Report on plague in the Punjab from October 1st ... to September 30th ..., being the ... season of plague in the province
Disease focus: Plague
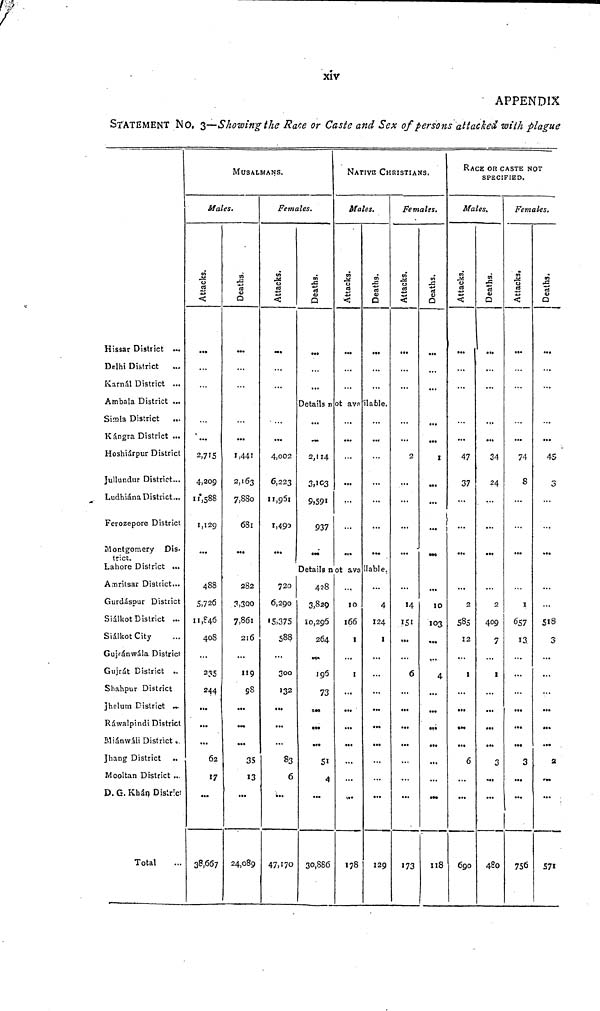
XIV
APPENDIX
STATEMENT NO. 3—Showing the Race or Caste and Sex of persons attached with plague
Hissar District ...
Delhi District ...
Karnal District ...
Ambala District ...
Simla District ...
Kángra District ...
Hoshiárpur District
Jullundur District.,..
Ludhiána District...
Ferozepore District
Montgomery Dis-
trict.
Lahore District ...
Amritsar District...
Gurdáspur District
Sialkot District ...
Siálkot City ...
Gujránwála District
Gujrát District ..
Shahpur District
Jhelum District ...
Ráwalpindi District
Miánwáli District .
Jhang District ...
Mooltan District ...
D. G. Khán District
Total
MUSALMANS.
Males.
Attacks.
...
...
...
...
...
2,715
4,209
11,588
1,129
...
488
5,726
11,846
408
...
235
244
...
...
...
62
17
•••
38,667
Deaths.
...
...
...
...
...
1,441
2,163
7,880
681
...
282
3,300
7.861
216
...
119
98
...
...
...
35
13
...
24,089
Females.
Attacks.
...
...
...
...
...
4,002
6,223
11,951
1,492
...
720
6,290
15,375
588
...
300
132
...
...
...
83
6
...
47,170
Deaths.
...
...
...
NATIVE CHRISTIANS.
Males.
Attacks.
...
...
...
Deaths.
...
...
...
Details not available.
...
...
2,114
3,103
9,591
937
...
...
...
...
...
...
...
...
Details not available
428
3,829
10,296
264
...
196
73
I4»
•*•
»«.
51
4
30,886
...
10
166
1
...
I
178
...
...
...
...
...
...
...
liable.
...
4
124
1
...
129
Females.
Attacks.
...
...
...
...
...
2
...
...
...
...
...
14
151
...
...
6
173
Deaths.
...
...
...
...
...
1
...
...
...
...
...
10
103
...
...
4
118
RACE OR CASTE NOT
SPECIFIED.
Males.
Attacks.
...
...
...
...
...
47
37
...
...
...
...
2
585
12
...
1
6
690
Deaths.
...
...
...
...
...
34
24
...
...
...
...
2
409
7
1
3
4S0
Females.
Attacks.
...
...
...
...
...
74
8
...
...
...
...
1
657
J3
...
3
756
Deaths.
...
...
...
...
...
45
3
...
...
...
518
3
...
2